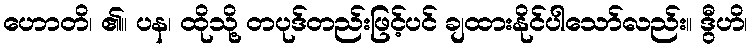
ဟောတိ၊ ၏။ ပန၊ ထိုသို့ တပုဒ်တည်းဖြင့်ပင် ချထားနိုင်ပါသော်လည်း။ ဒွီဟိ၊